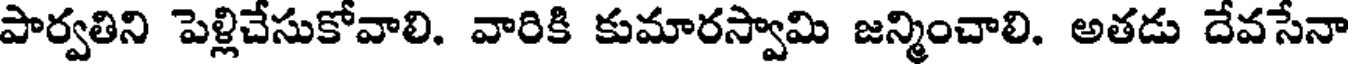
పార్వతిని పెళ్లిచేసుకోవాలి. వారికి కుమారస్వామి జన్మించాలి. అతడు దేవసేనా